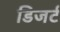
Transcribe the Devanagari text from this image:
डिजर्ट